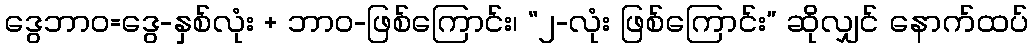
ဒွေဘာဝ=ဒွေ-နှစ်လုံး + ဘာဝ-ဖြစ်ကြောင်း၊ “၂-လုံး ဖြစ်ကြောင်း” ဆိုလျှင် နောက်ထပ်